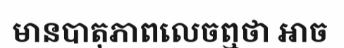
មានបាតុភាពលេចឮថា អាច